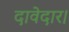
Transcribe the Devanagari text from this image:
दावेदार।